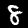
Digit: 8